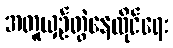
အတူယှဉ်တွဲနေထိုင်ရေး